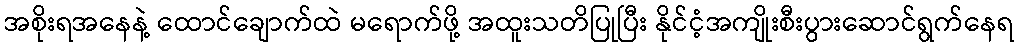
အစိုးရအနေနဲ့ ထောင်ချောက်ထဲ မရောက်ဖို့ အထူးသတိပြုပြီး နိုင်ငံ့အကျိုးစီးပွားဆောင်ရွက်နေရ